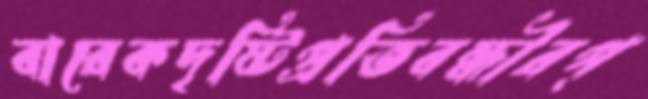
বারেকদৃষ্টিপ্রতিবন্ধীরপ্